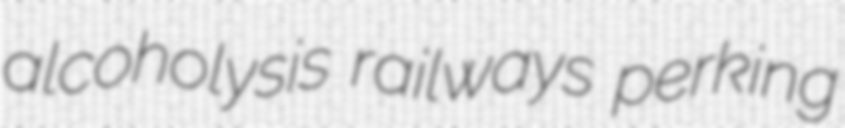
alcoholysis railways perking